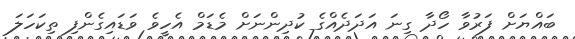
ބައްޔަށް ފަރުވާ ހޯދާ ގިނަ އަދަދެއްގެ ކުދިންނަށް މެޑަމް އެހީވެ ވަޑައިގެންފި ތިކަހަލަ